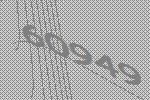
60949